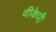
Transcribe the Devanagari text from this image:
वीकेपी